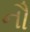
નૌ